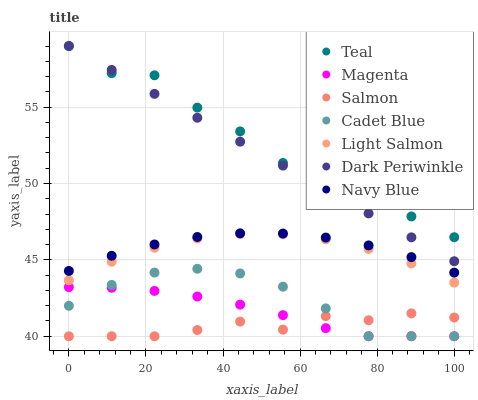
| xaxis_label | Teal | Magenta | Salmon | Cadet Blue | Light Salmon | Dark Periwinkle | Navy Blue |
 | --- | --- | --- | --- | --- | --- | --- | --- |
 | 0 | 59 | 43.2 | 40 | 42 | 43.7 | 59 | 44.3 |
 | 11.1 | 57.2 | 43.2 | 40 | 43.4 | 44.9 | 57.4 | 45.3 |
 | 22.2 | 57.1 | 43 | 40 | 44.2 | 45.8 | 55.9 | 46 |
 | 33.3 | 55 | 42.6 | 40.4 | 44.4 | 46.4 | 54.3 | 46.5 |
 | 44.4 | 53.4 | 42.1 | 41 | 44.1 | 46.7 | 52.7 | 46.7 |
 | 55.6 | 51.3 | 41.4 | 40.4 | 43.2 | 46.7 | 51.2 | 46.7 |
 | 66.7 | 50.6 | 40.5 | 41.3 | 41.8 | 46.3 | 49.6 | 46.5 |
 | 77.8 | 49.8 | 40 | 41 | 40 | 45.7 | 48 | 45.9 |
 | 88.9 | 47.8 | 40 | 41.5 | 40 | 44.8 | 46.5 | 45.2 |
 | 100 | 46.5 | 40 | 41.2 | 40 | 43.5 | 44.9 | 44.2 |